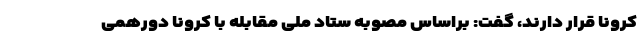
کرونا قرار دارند، گفت: براساس مصوبه ستاد ملی مقابله با کرونا دورهمی